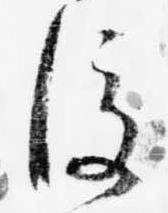
後